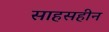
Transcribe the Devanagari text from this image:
साहसहीन